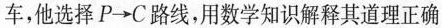
车，他选择P\rightarrow路线，用数学知识解释其道理正确